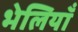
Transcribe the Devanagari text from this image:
भेलियाँ